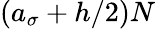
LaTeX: (a_{\sigma}+h/2)N